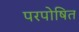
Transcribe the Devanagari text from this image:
परपोषित